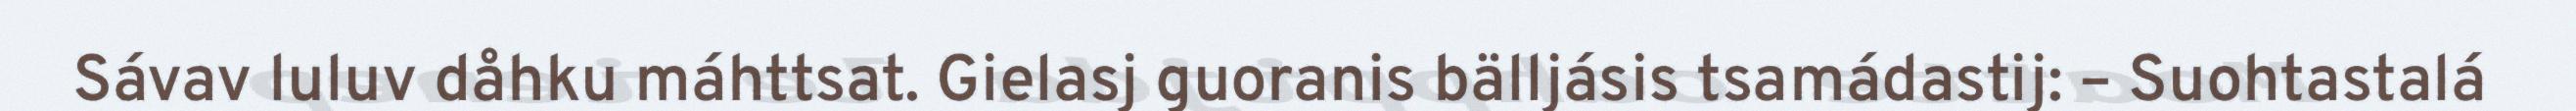
Sávav luluv dåhku máhttsat. Gielasj guoranis bälljásis tsamádastij: – Suohtastalá